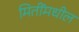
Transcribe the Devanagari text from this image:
मितींमधील